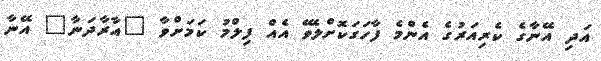
އަދި އޭނާގެ ކެރިއަރުގެ އެންމެ ފާހަގަކޮށްލެވޭ އެއް ފިލްމު ކަމަށްވާ "އާރާދަނާ" އޭނާ